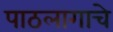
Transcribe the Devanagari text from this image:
पाठलागाचे